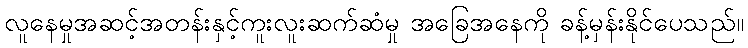
လူနေမှုအဆင့်အတန်းနှင့်ကူးလူးဆက်ဆံမှု အခြေအနေကို ခန့်မှန်းနိုင်ပေသည်။